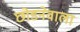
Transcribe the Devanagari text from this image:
छोडनेवाला